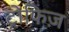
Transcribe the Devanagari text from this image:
ट्रोफिज़